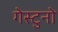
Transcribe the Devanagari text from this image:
गेस्टुनो